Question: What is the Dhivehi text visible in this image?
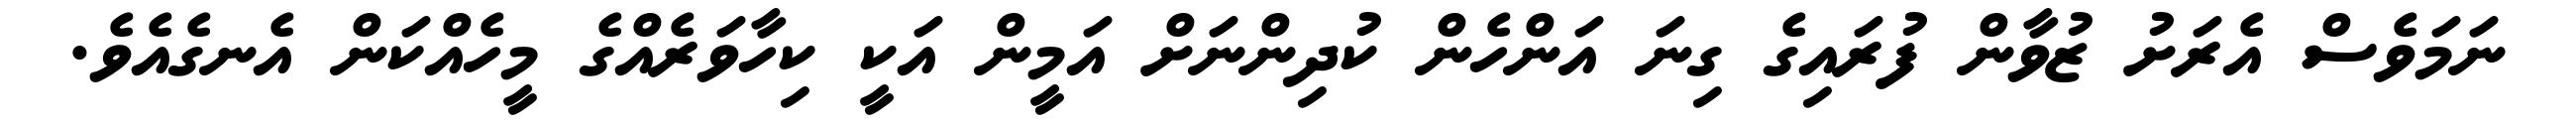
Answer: ނަމަވެސް އެރަށު ޒުވާން ފުރައިގެ ގިނަ އަންހެން ކުދިންނަށް އަމީން އަކީ ކިހާވަރެއްގެ މީހެއްކަން އެނގެއެވެ.